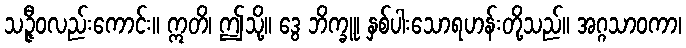
သဉ္ဇီဝလည်းကောင်း။ ဣတိ၊ ဤသို့။ ဒွေ ဘိက္ခူ၊ နှစ်ပါးသောရဟန်းတို့သည်။ အဂ္ဂသာဝကာ၊